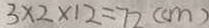
3 \times 2 \times 1 2 = 7 2 ( c m )